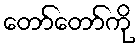
တော်တော်ကို